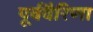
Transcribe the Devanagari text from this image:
पूर्ववैरिणा